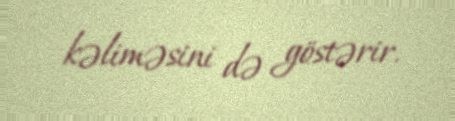
kəliməsini də göstərir.